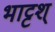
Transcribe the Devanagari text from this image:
भाट्टश्